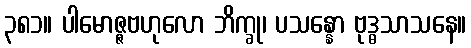
၃၈၁။ ပါမောဇ္ဇဗဟုလော ဘိက္ခု၊ ပသန္နော ဗုဒ္ဓသာသနေ။